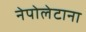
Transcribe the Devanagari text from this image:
नेपोलेटाना